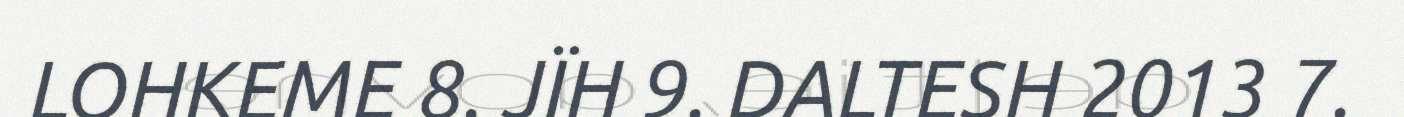
LOHKEME 8. JÏH 9. DALTESH 2013 7.